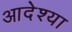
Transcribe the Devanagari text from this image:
आदेश्या